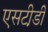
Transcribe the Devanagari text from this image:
एसटी़डी